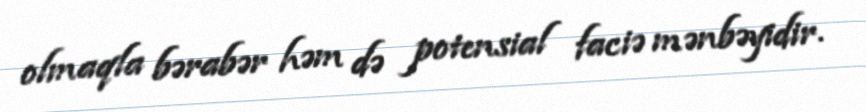
olmaqla bərabər həm də potensial faciə mənbəyidir.